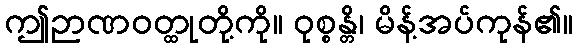
ဤဉာဏဝတ္ထုတို့ကို။ ဝုစ္စန္တိ၊ မိန့်အပ်ကုန်၏။